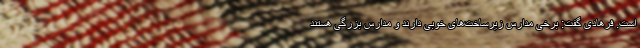
است. فرهادی گفت: برخی مدارس زیرساخت‌های خوبی دارند و مدارس بزرگی هستند